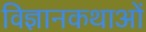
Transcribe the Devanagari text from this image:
विज्ञानकथाओं